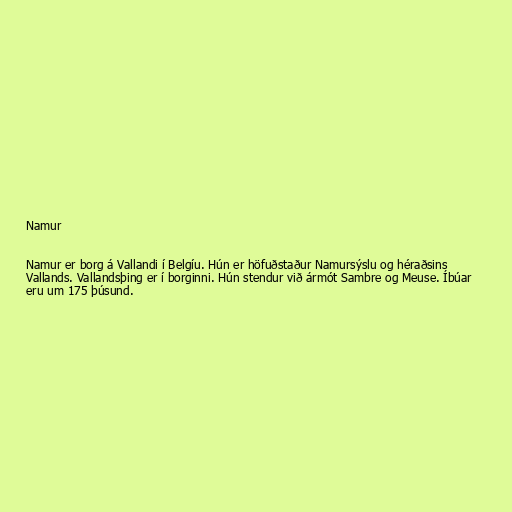
Namur

Namur er borg á Vallandi í Belgíu. Hún er höfuðstaður Namursýslu og héraðsins
Vallands. Vallandsþing er í borginni. Hún stendur við ármót Sambre og Meuse. Íbúar
eru um 175 þúsund.